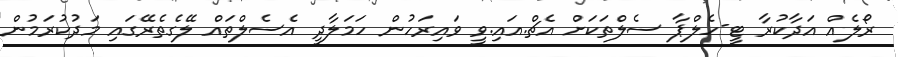
ރޯލެއް އަދާކުރާ ޓީ-ހެލްޕާ ސެލްތަކަށް އެޗް.އައި.ވީ ވައިރަހުން ހަމަލާދީ އެސެލްތައް ލޭގެތެރޭގައި މަދުކުރަމުން